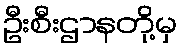
ဦးစီးဌာနတို့မှ